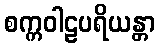
စက္ကဝါဠပရိယန္တာ